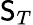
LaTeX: \mathsf{S}_{T}